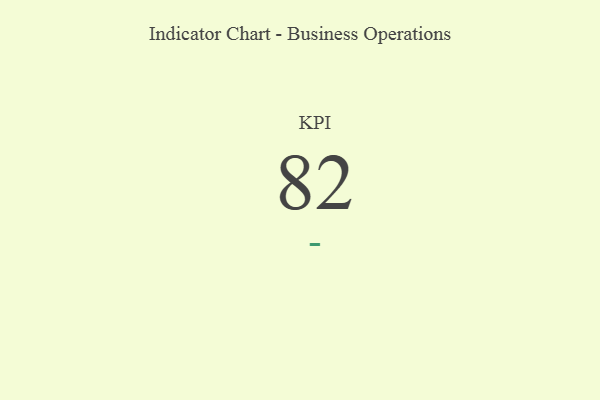
{"axis": {"x": "KPI", "y": "Value"}, "legend": [""], "data": [{"x": "KPI", "y": 82, "type": ""}]}